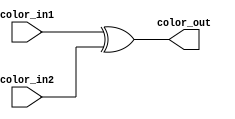
//*************************************************
//** Description: Mix color of two pixels
//*************************************************

`timescale 1ns/10ps
module MixColor (color_in1, color_in2, color_out);

  input  [23:0] color_in1;
  input  [23:0] color_in2;
  output [23:0] color_out;
	assign color_out=color_in1^color_in2;

endmodule